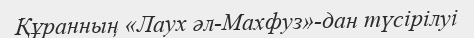
Құранның «Лаух әл-Махфуз»-дан түсірілуі